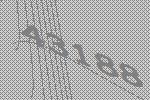
43188